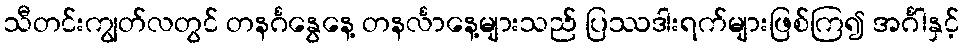
သီတင်းကျွတ်လတွင် တနင်္ဂနွေနေ့ တနင်္လာနေ့များသည် ပြဿဒါးရက်များဖြစ်ကြ၍ အင်္ဂါနှင့်